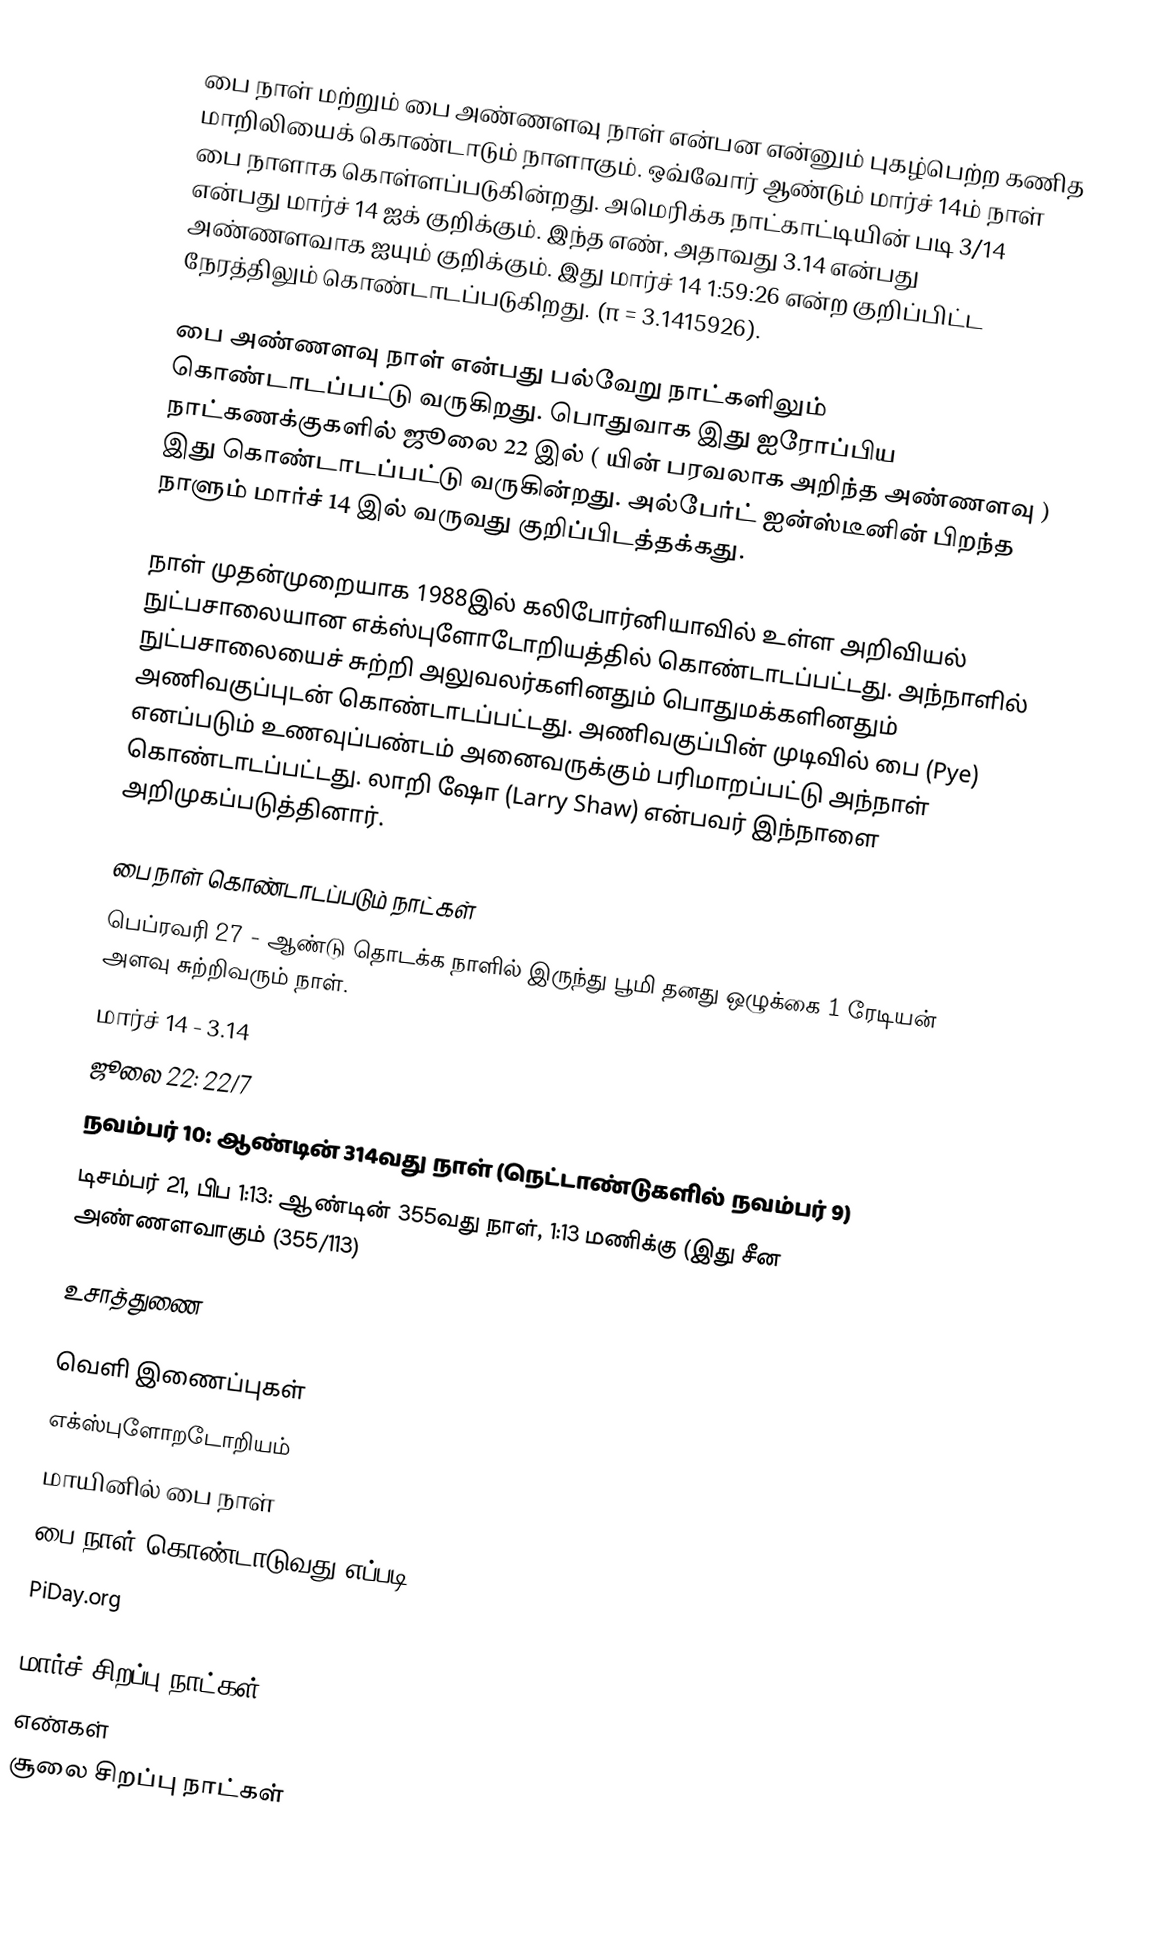
பை நாள் மற்றும் பை அண்ணளவு நாள் என்பன  என்னும் புகழ்பெற்ற கணித மாறிலியைக் கொண்டாடும் நாளாகும். ஒவ்வோர் ஆண்டும் மார்ச் 14ம் நாள் பை நாளாக கொள்ளப்படுகின்றது. அமெரிக்க நாட்காட்டியின் படி 3/14 என்பது மார்ச் 14 ஐக் குறிக்கும். இந்த எண், அதாவது 3.14 என்பது அண்ணளவாக  ஐயும் குறிக்கும். இது மார்ச் 14 1:59:26 என்ற குறிப்பிட்ட நேரத்திலும் கொண்டாடப்படுகிறது. (π = 3.1415926).

பை அண்ணளவு நாள் என்பது பல்வேறு நாட்களிலும் கொண்டாடப்பட்டு வருகிறது. பொதுவாக இது ஐரோப்பிய நாட்கணக்குகளில் ஜூலை 22 இல் ( யின் பரவலாக அறிந்த அண்ணளவு )   இது கொண்டாடப்பட்டு வருகின்றது. அல்பேர்ட் ஐன்ஸ்டீனின் பிறந்த நாளும் மார்ச் 14 இல் வருவது குறிப்பிடத்தக்கது.

 நாள் முதன்முறையாக 1988இல் கலிபோர்னியாவில் உள்ள அறிவியல் நுட்பசாலையான எக்ஸ்புளோடோறியத்தில் கொண்டாடப்பட்டது. அந்நாளில் நுட்பசாலையைச் சுற்றி அலுவலர்களினதும் பொதுமக்களினதும் அணிவகுப்புடன் கொண்டாடப்பட்டது. அணிவகுப்பின் முடிவில் பை (Pye) எனப்படும் உணவுப்பண்டம் அனைவருக்கும் பரிமாறப்பட்டு அந்நாள் கொண்டாடப்பட்டது. லாறி ஷோ (Larry Shaw) என்பவர் இந்நாளை அறிமுகப்படுத்தினார்.

பை நாள் கொண்டாடப்படும் நாட்கள்
 பெப்ரவரி 27 - ஆண்டு தொடக்க நாளில் இருந்து பூமி தனது ஒழுக்கை 1 ரேடியன் அளவு சுற்றிவரும் நாள்.
 மார்ச் 14 - 3.14
 ஜூலை 22: 22/7
 நவம்பர் 10: ஆண்டின் 314வது நாள் (நெட்டாண்டுகளில் நவம்பர் 9)
 டிசம்பர் 21, பிப 1:13: ஆண்டின் 355வது நாள், 1:13 மணிக்கு (இது சீன அண்ணளவாகும் (355/113)

உசாத்துணை

வெளி இணைப்புகள்
 எக்ஸ்புளோறடோறியம்
 மாயினில் பை நாள்
 பை நாள் கொண்டாடுவது எப்படி
 PiDay.org

மார்ச் சிறப்பு நாட்கள்
எண்கள்
சூலை சிறப்பு நாட்கள்